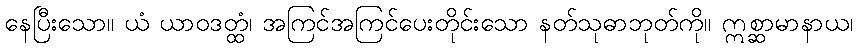
နေပြီးသော။ ယံ ယာဝဒတ္ထံ၊ အကြင်အကြင်ပေးတိုင်းသော နတ်သုဓာဘုတ်ကို။ ဣစ္ဆာမာနာယ၊